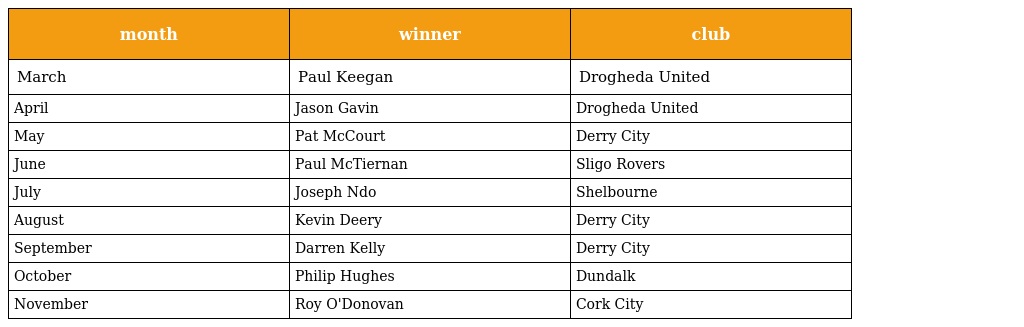
| month | winner | club |
 | --- | --- | --- |
 | March | Paul Keegan | Drogheda United |
 | April | Jason Gavin | Drogheda United |
 | May | Pat McCourt | Derry City |
 | June | Paul McTiernan | Sligo Rovers |
 | July | Joseph Ndo | Shelbourne |
 | August | Kevin Deery | Derry City |
 | September | Darren Kelly | Derry City |
 | October | Philip Hughes | Dundalk |
 | November | Roy O'Donovan | Cork City |